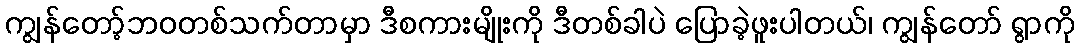
ကျွန်တော့်ဘဝတစ်သက်တာမှာ ဒီစကားမျိုးကို ဒီတစ်ခါပဲ ပြောခဲ့ဖူးပါတယ်၊ ကျွန်တော် ရွာကို